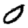
Digit: 0